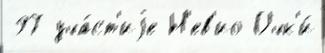
97 уча́ст'иjе Н'ев'ио Очк'и́